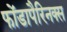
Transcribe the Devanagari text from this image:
फोंडापैरिनक्स